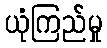
ယုံကြည်မှု